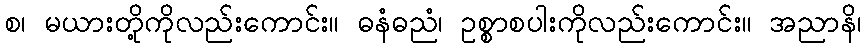
စ၊ မယားတို့ကိုလည်းကောင်း။ ဓနံဓညံ၊ ဥစ္စာစပါးကိုလည်းကောင်း။ အညာနိ၊